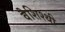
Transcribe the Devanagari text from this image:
वैशिश्थी